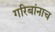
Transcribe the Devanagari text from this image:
गरिबांनाच